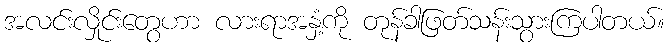
အလင်းလှိုင်းတွေဟာ လားရာအနှံ့ကို တုန်ခါဖြတ်သန်းသွားကြပါတယ်။